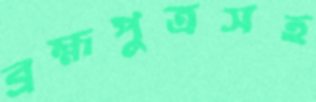
ব্রহ্মপুত্রসহ